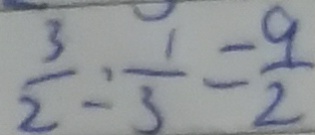
\frac { 3 } { 2 } : \frac { 1 } { 3 } = \frac { 9 } { 2 }